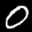
Label: 0